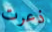
ذعرت